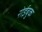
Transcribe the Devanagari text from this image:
रोईबुक